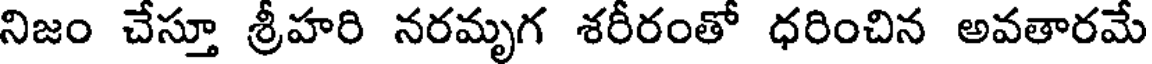
నిజం చేస్తూ శ్రీహరి నరమృగ శరీరంతో ధరించిన అవతారమే